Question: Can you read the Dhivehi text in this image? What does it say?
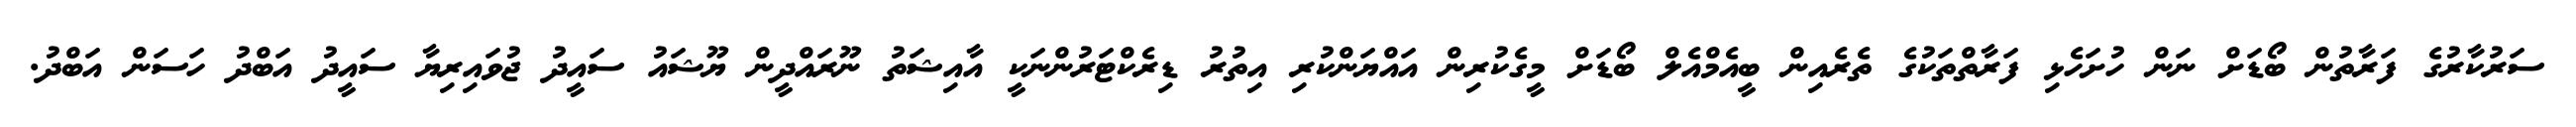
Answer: ސަރުކާރުގެ ފަރާތުން ބޯޑަށް ނަން ހުށަހެޅި ފަރާތްތަކުގެ ތެރެއިން ބީއެމްއެލް ބޯޑަށް މީގެކުރިން އައްޔަންކުރި އިތުރު ޑިރެކްޓަރުންނަކީ އާއިޝަތު ނޫރައްދީން ޔޫޝައު ސައީދު ޖުވައިރިޔާ ސައީދު އަބްދު ހަސަން އަބްދު.